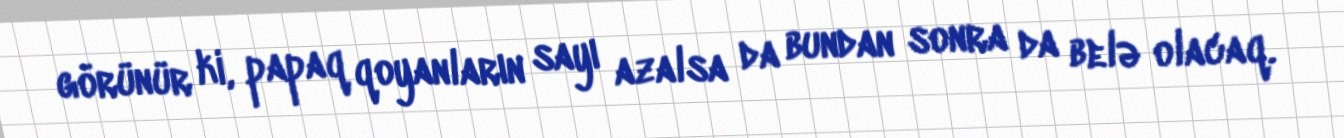
görünür ki, papaq qoyanların sayı azalsa da bundan sonra da belə olacaq.